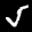
Label: 5